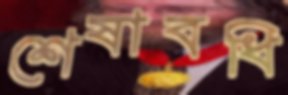
শেষাবধি